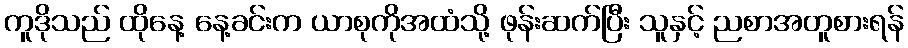
ကူဒိုသည် ထိုနေ့ နေ့ခင်းက ယာစုကိုအထံသို့ ဖုန်းဆက်ပြီး သူနှင့် ညစာအတူစားရန်